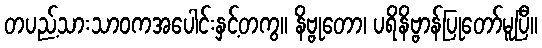
တပည့်သားသာဝကအပေါင်းနှင့်တကွ။ နိဗ္ဗုတော၊ ပရိနိဗ္ဗာန်ပြုတော်မူပြီ။